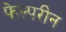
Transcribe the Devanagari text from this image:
फेल्परीन